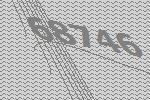
68746